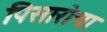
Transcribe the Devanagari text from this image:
पिसारोचा